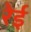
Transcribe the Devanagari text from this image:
रेई